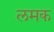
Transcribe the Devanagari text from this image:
लमक